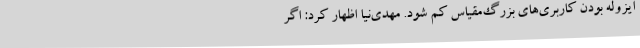
ایزوله بودن کاربری‌های بزرگ‌مقیاس کم شود. مهدی‌نیا اظهار کرد: اگر